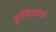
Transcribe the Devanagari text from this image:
मुस्लिमांमध्ये